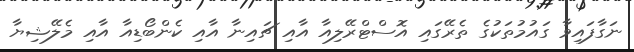
ނަގާފައިވާ ގައުމުތަކުގެ ތެރޭގައި އޮސްޓްރޭލިއާ އާއި ޗައިނާ އާއި ކެންބޯޑިއާ އާއި މެލޭޝިޔާ